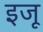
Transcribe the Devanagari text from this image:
इजू